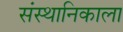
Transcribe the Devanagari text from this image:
संस्थानिकाला